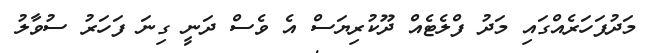
މަދުފަހަރެއްގައި މަދު ފްލެޓެއް ދޫކުރިޔަސް އެ ވެސް ދަނީ ގިނަ ފަހަރު ސުވާލު